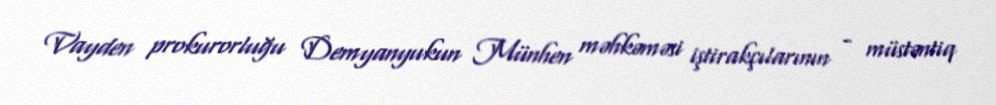
Vayden prokurorluğu Demyanyukun Münhen məhkəməsi iştirakçılarının - müstəntiq